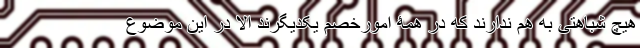
هیچ شباهتی به هم ندارند که در همۀ امورخصم یکدیگرند الا در این موضوع